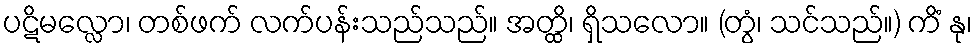
ပဋိမလ္လော၊ တစ်ဖက် လက်ပန်းသည်သည်။ အတ္ထိ၊ ရှိသလော။ (တွံ၊ သင်သည်။) ကိံ နု၊